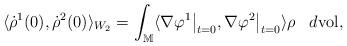
LaTeX: \begin{align*} \langle \dot \rho^1 (0), \dot \rho^2(0)\rangle_{W_2} = \int_{\mathbb M} \langle \nabla \varphi^1\big|_{t=0} , \nabla \varphi^2 \big|_{t=0} \rangle \rho \, ~ ~ d \mbox{vol}, \end{align*}